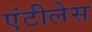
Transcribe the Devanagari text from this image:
एंटीलेस